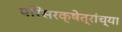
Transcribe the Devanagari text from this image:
परिसरक्षेत्रांच्या